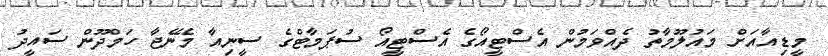
މީޑިއާއަށް މައުލޫމާތު ދެއްވަމުން އެސްޓީއޯގެ އެސްޓީއޯ ސުޕަމާޓްގެ ސީނިއާ މެނޭޖާ ހަމްދޫން ސައީދު